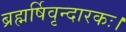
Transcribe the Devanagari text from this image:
ब्रह्मर्षिवृन्दारकः।